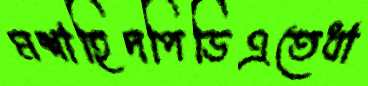
মশাহিদপিডিএতেধা